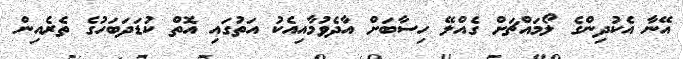
އޭނާ އެކުދިންގެ ލޯމައްޗަށް ގެއްލޭ ހިސާބަށް އާދެވުމާއިއެކު އަތުގައި އޮތް ކުޑަދަބަހުގެ ތެރެއިން